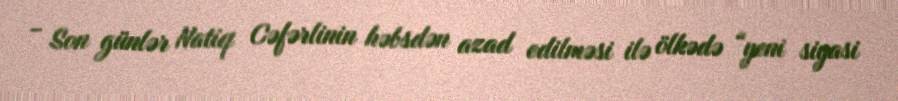
- Son günlər Natiq Cəfərlinin həbsdən azad edilməsi ilə ölkədə “yeni siyasi